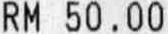
RM 50.00